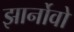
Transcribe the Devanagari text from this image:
झार्नोवो